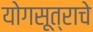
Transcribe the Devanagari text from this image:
योगसूत्राचे